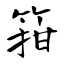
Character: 箝